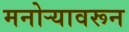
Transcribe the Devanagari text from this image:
मनोर्‍यावरून